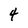
Character: 4